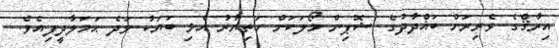
އިރާޤްގެ ވެރިރަށް ބަޣްދާދުގެ ޝޮޕިން މޯލަކަށް ހަތިޔާރު އެޅި ބަޔަކު ވަދެ ޙަމަލާދީފިއެވެ.